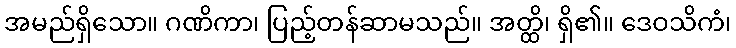
အမည်ရှိသော။ ဂဏိကာ၊ ပြည့်တန်ဆာမသည်။ အတ္ထိ၊ ရှိ၏။ ဒေဝသိကံ၊